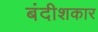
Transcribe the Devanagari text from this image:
बंदीशकार